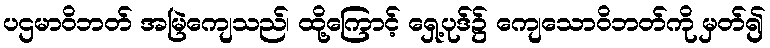
ပဌမာဝိဘတ် အမြဲကျေသည်၊ ထို့ကြောင့် ရှေ့ပုဒ်၌ ကျေသောဝိဘတ်ကို မှတ်၍